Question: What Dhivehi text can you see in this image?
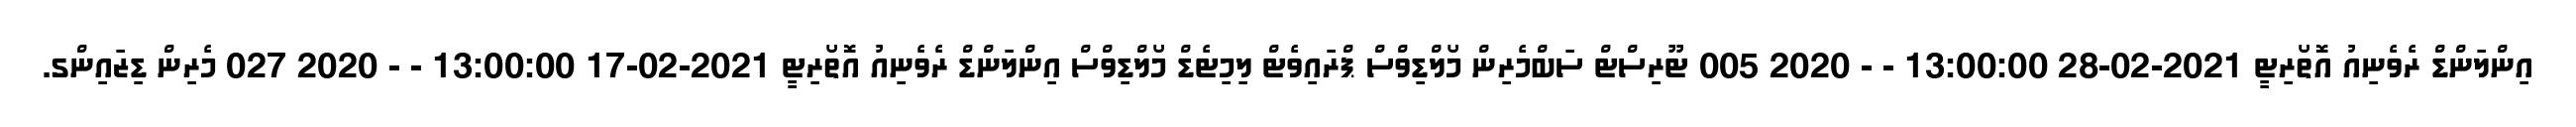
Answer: އިންލަންޑް ރެވެނިއު އޮތޯރިޓީ 2021-02-28 13:00:00 - - 2020 005 ޓޫރިސްޓް ސަބްމެރިން މޯލްޑިވްސް ޕްރައިވެޓް ލިމިޓެޑް މޯލްޑިވްސް އިންލަންޑް ރެވެނިއު އޮތޯރިޓީ 2021-02-17 13:00:00 - - 2020 027 މެރިން ޑިޒައިންގ.